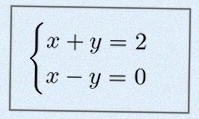
\begin{cases}x+y=2\\x-y=0\end{cases}